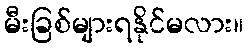
မီးခြစ်များရနိုင်မလား။